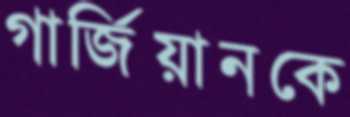
গার্জিয়ানকে